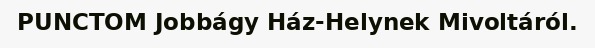
PUNCTOM Jobbágy Ház-Helynek Mivoltáról.